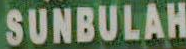
SUNBULAH